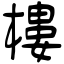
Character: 樓